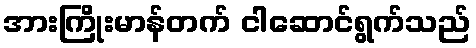
အားကြိုးမာန်တက် ငါဆောင်ရွက်သည်